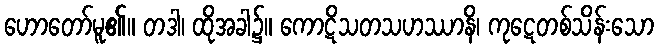
ဟောတော်မူ၏။ တဒါ၊ ထိုအခါ၌။ ကောဋိသတသဟဿာနိ၊ ကုဋေတစ်သိန်းသော